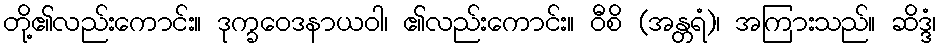
တို့၏လည်းကောင်း။ ဒုက္ခဝေဒနာယဝါ၊ ၏လည်းကောင်း။ ဝီစိ (အန္တရံ)၊ အကြားသည်။ ဆိဒ္ဒံ၊